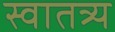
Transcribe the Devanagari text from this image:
स्वातत्र्य